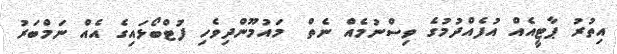
އިތުރު ޕާޓީއެއް އުފެއްދުމުގެ ވިސްނުމެއް ނެތް  މައުމޫންދިވެހި ފުޓްބޯޅައިގެ އެއް ނަމްބަރު